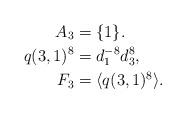
LaTeX: \begin{align*}A_3&=\{1\}.\\q(3,1)^8&=d_1^{-8}d_3^8,\\F_3&=\langle q(3,1)^{8}\rangle.\end{align*}